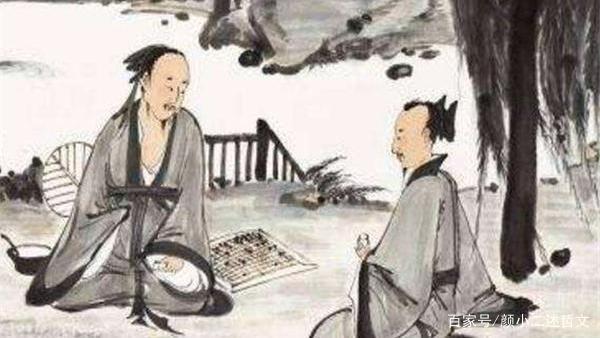
穷则独善其身，达则兼善天下。